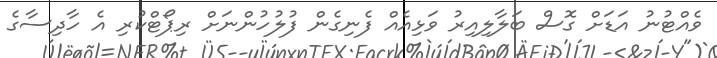
ވެއްޓުނު އަޑަށް ގޮސް ބަލާލިއިރު ވަޅިއެއް ފެނިގެން ފުލުހުންނަށް ރިޕޯޓްކުރި އެ ހާދިސާގެ